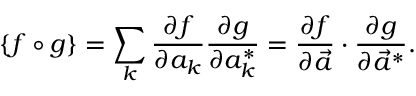
\{ f \circ g \} = \sum _ { k } { \frac { \partial f } { \partial a _ { k } } } { \frac { \partial g } { \partial a _ { k } ^ { * } } } = { \frac { \partial f } { \partial { \vec { a } } } } \cdot { \frac { \partial g } { \partial { \vec { a } } ^ { * } } } .